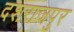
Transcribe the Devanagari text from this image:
दशराजपुर